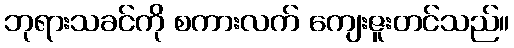
ဘုရားသခင်ကို စကားလက် ကျေးဇူးတင်သည်။